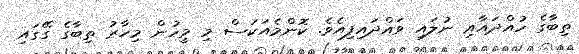
ތިބާގެ ހުއްދައާއި ނުލައި ވައްދައިފިއެވެ. ކޮންމެއަކަސް މި މީހުން މިހާރު ތިބާގެ ގޭގައި